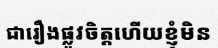
ជារឿងផ្លូវចិត្តហើយខ្ញុំមិន